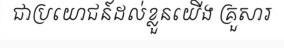
ជាប្រយោជន៍ដល់ខ្លួនយើង គ្រួសារ